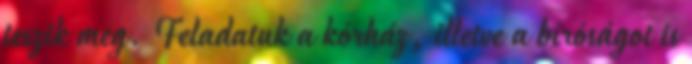
teszik meg. Feladatuk a kórház, illetve a bíróságot is